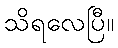
သိရလေပြီ။